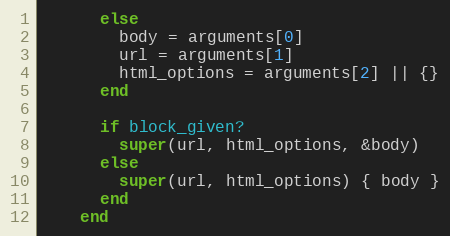
Language: Ruby
      else
        body = arguments[0]
        url = arguments[1]
        html_options = arguments[2] || {}
      end

      if block_given?
        super(url, html_options, &body)
      else
        super(url, html_options) { body }
      end
    end